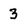
Character: 3